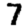
Digit: 7